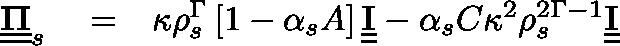
\begin{array} { r l r } { \underline { { \underline { { \mathbf { \Pi } } } } } _ { s } } & { { } = } & { \kappa \rho _ { s } ^ { \Gamma } \left[ 1 - \alpha _ { s } A \right] \underline { { \underline { { \mathbf { I } } } } } - \alpha _ { s } C \kappa ^ { 2 } \rho _ { s } ^ { 2 \Gamma - 1 } \underline { { \underline { { \mathbf { I } } } } } } \end{array}